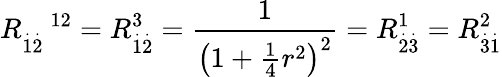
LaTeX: R_{\overset{.}{1}\overset{.}{2}}^{\quad 12}=R_{\overset{.}{1}\overset{.}{2}}^{3}=\frac{1}{\left(1+\frac{1}{4}r^{2}\right)^{2}}=R_{\overset{.}{2}\overset{.}{3}}^{1}=R_{\overset{.}{3}\overset{.}{1}}^{2}